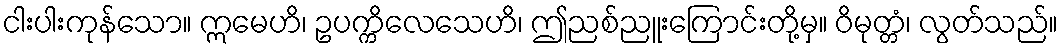
ငါးပါးကုန်သော။ ဣမေဟိ၊ ဥပက္ကိလေသေဟိ၊ ဤညစ်ညူးကြောင်းတို့မှ။ ဝိမုတ္တံ၊ လွတ်သည်။